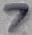
Text: 7